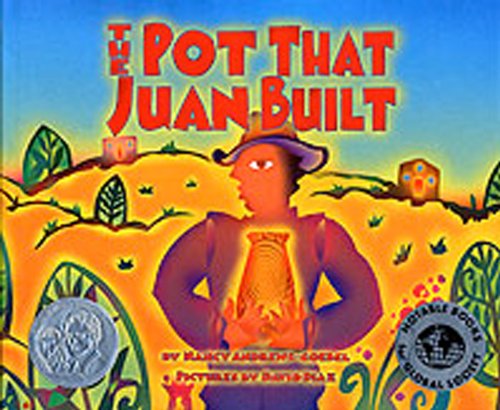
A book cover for The Pot That Juan Built; Nancy Andrews-Goebel; Children's Books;